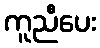
ကူညီပေး